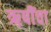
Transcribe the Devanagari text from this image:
ऋ़षींचा